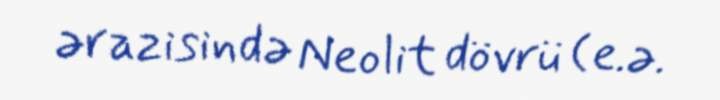
ərazisində Neolit dövrü (e.ə.